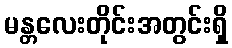
မန္တလေးတိုင်းအတွင်းရှိ